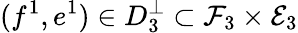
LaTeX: (f^{1},e^{1})\in D_{3}^{\bot}\subset\mathcal{F}_{3}\times\mathcal{E}_{3}